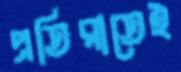
প্রতিরাতেই